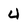
Character: 4